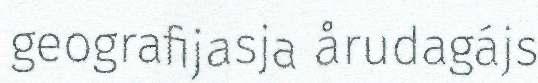
geografijasja årudagájs